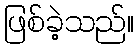
ဖြစ်ခဲ့သည်။